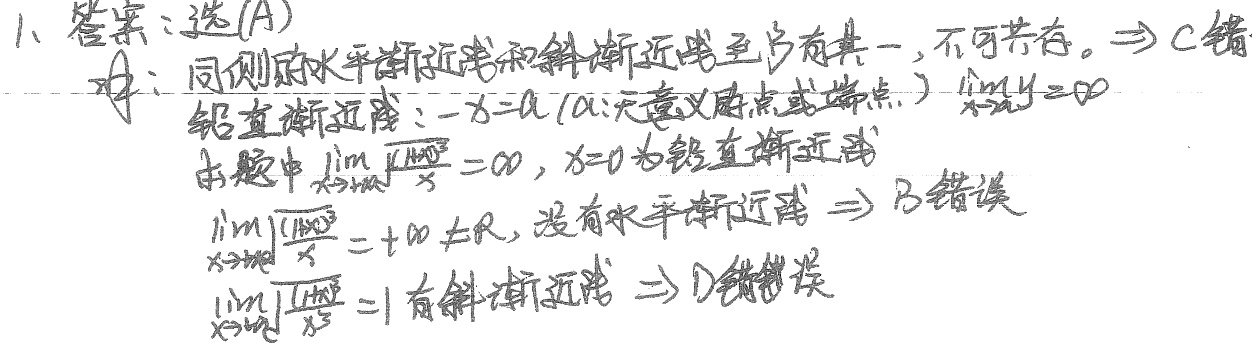
1、答案：选\textcircled{A}
解：同侧的水平渐近线和斜渐近线至多有其一，不可共存。\(\Rightarrow\text{C}\)错。
铅直渐近线：\(x = a\)（\(a\)：无意义的点或端点），\(\lim_{x \to a}y=\infty\)。
本题中\(\lim_{x \to 0}\frac{\sqrt{1 + x^{2}}}{x}=\infty\)，\(x = 0\)为铅直渐近线。
\(\lim_{x \to +\infty}\frac{\sqrt{1 + x^{2}}}{x}=+\infty\neq R\)，没有水平渐近线，\(\Rightarrow\text{B}\)错误。
\(\lim_{x \to +\infty}\frac{\sqrt{1 + x^{2}}}{x^{3}} = 0\)，有斜渐近线，\(\Rightarrow\text{D}\)错误。